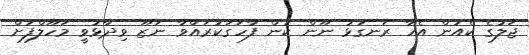
ޖަލުގެ ކެއުން އެހާ ރަނގަޅު ނޫން ކަން ފާހަގަކުރައްވާ ނަޒޫ ވިދާޅުވީ މަހޫލްފަށް